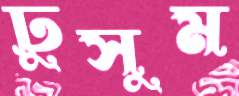
ঢুসুম